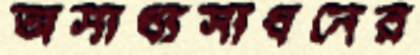
অসাধ্যসাধনের